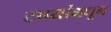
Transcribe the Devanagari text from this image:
टप्प्यांमधून